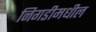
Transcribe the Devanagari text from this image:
निगडीमधील